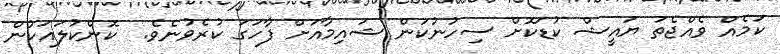
ކަމެއް ވެއްޖެތަ ޔައީޝް ކުޑަކޮށް ސިހުނުކަން ޝައިމާއަށް ފާހަގަ ކުރެވުނެވެ.  ކޮންކުލައަކުން